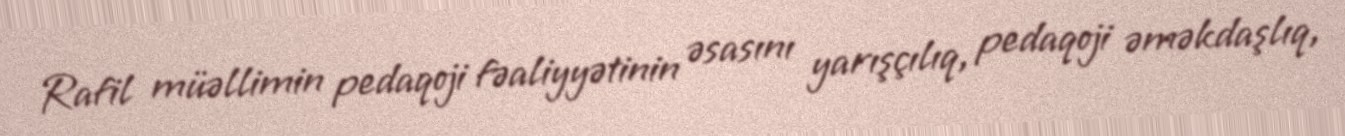
Rafil müəllimin pedaqoji fəaliyyətinin əsasını yarışçılıq, pedaqoji əməkdaşlıq,